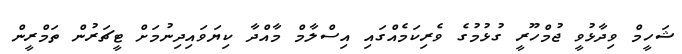
ޝަހީމް ވިދާޅުވީ ޖުމްހޫރީ ގުޅުމުގެ ވެރިކަމެއްގައި އިސްލާމް މާއްދާ ކިޔަވައިދިނުމަށް ޓީޗަރުން ތަމްރީން